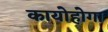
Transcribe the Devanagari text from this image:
कायोहोगा